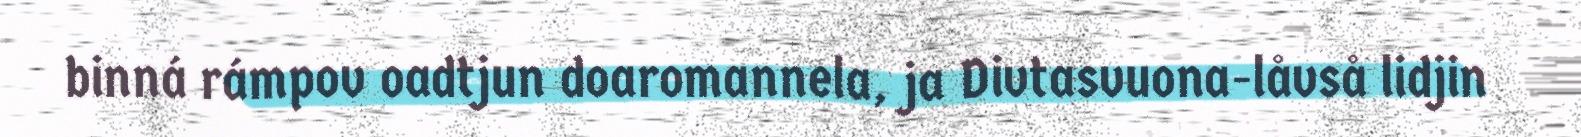
binná rámpov oadtjun doaromannela, ja Divtasvuona-låvså lidjin